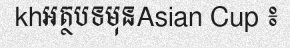
khអត្ថបទមុនAsian Cup ៖